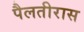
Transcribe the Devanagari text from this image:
पैलतीरास